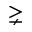
\gneq